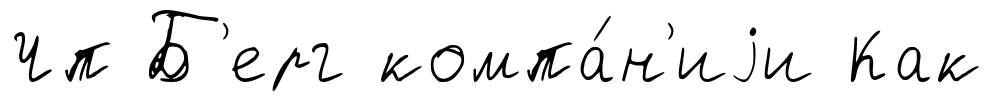
Чп Б'ерг компа́н'иjи Как